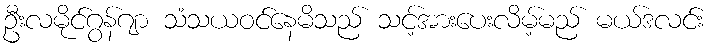
ဦးလမိုင်ဂွန်ဂျာ သံသယဝင်နေမိသည် သင့်အားပေးလိမ့်မည် မယ်ဒလင်း